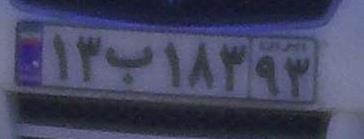
۱۳ب۱۸۳۹۳